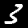
Digit: 3